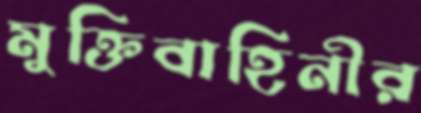
মুক্তিবাহিনীর